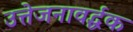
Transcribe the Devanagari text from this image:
उत्तेजनावर्द्धक